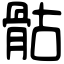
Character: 骷